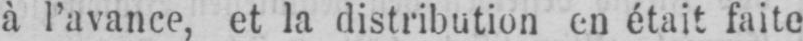
à l’avance, et la distribution en était faite